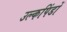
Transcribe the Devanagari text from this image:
उल्कपिंडों